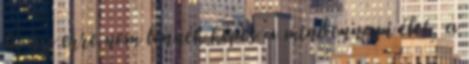
hogy erre nem lennék képes a mindennapi élet, a